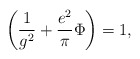
\begin{align*}\left({1\over g^2}+{e^2\over\pi}\Phi\right)=1,\end{align*}